画像に写った文字を読んでください
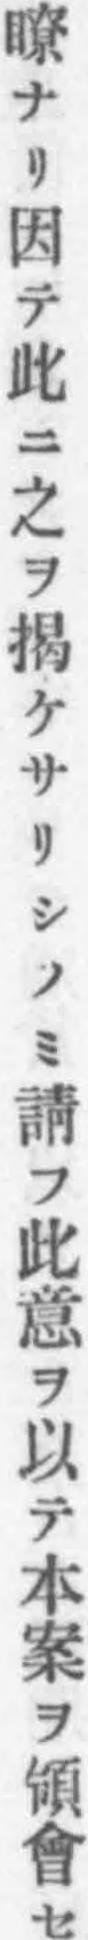
「瞭ナリ因テ此ニ之ヲ揭ケサリシノミ請フ此意ヲ以テ本案ヲ領會セ」と書いてあります